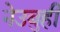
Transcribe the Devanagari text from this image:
नेउबुही